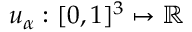
u _ { \alpha } : [ 0 , 1 ] ^ { 3 } \mapsto \mathbb { R }